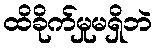
ထိခိုက်မှုမရှိဘဲ